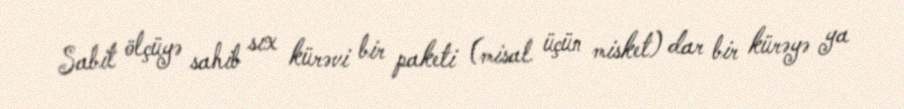
Sabit ölçüyə sahib sıx kürəvi bir paketi (misal üçün misket) dar bir kürəyə ya